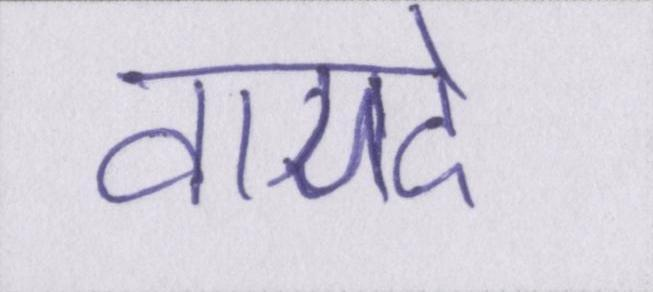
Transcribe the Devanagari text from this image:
वायदे